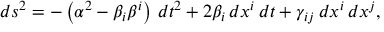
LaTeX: d s ^ { 2 } = - \left( \alpha ^ { 2 } - \beta _ { i } \beta ^ { i } \right) \, d t ^ { 2 } + 2 \beta _ { i } \, d x ^ { i } \, d t + \gamma _ { i j } \, d x ^ { i } \, d x ^ { j } ,